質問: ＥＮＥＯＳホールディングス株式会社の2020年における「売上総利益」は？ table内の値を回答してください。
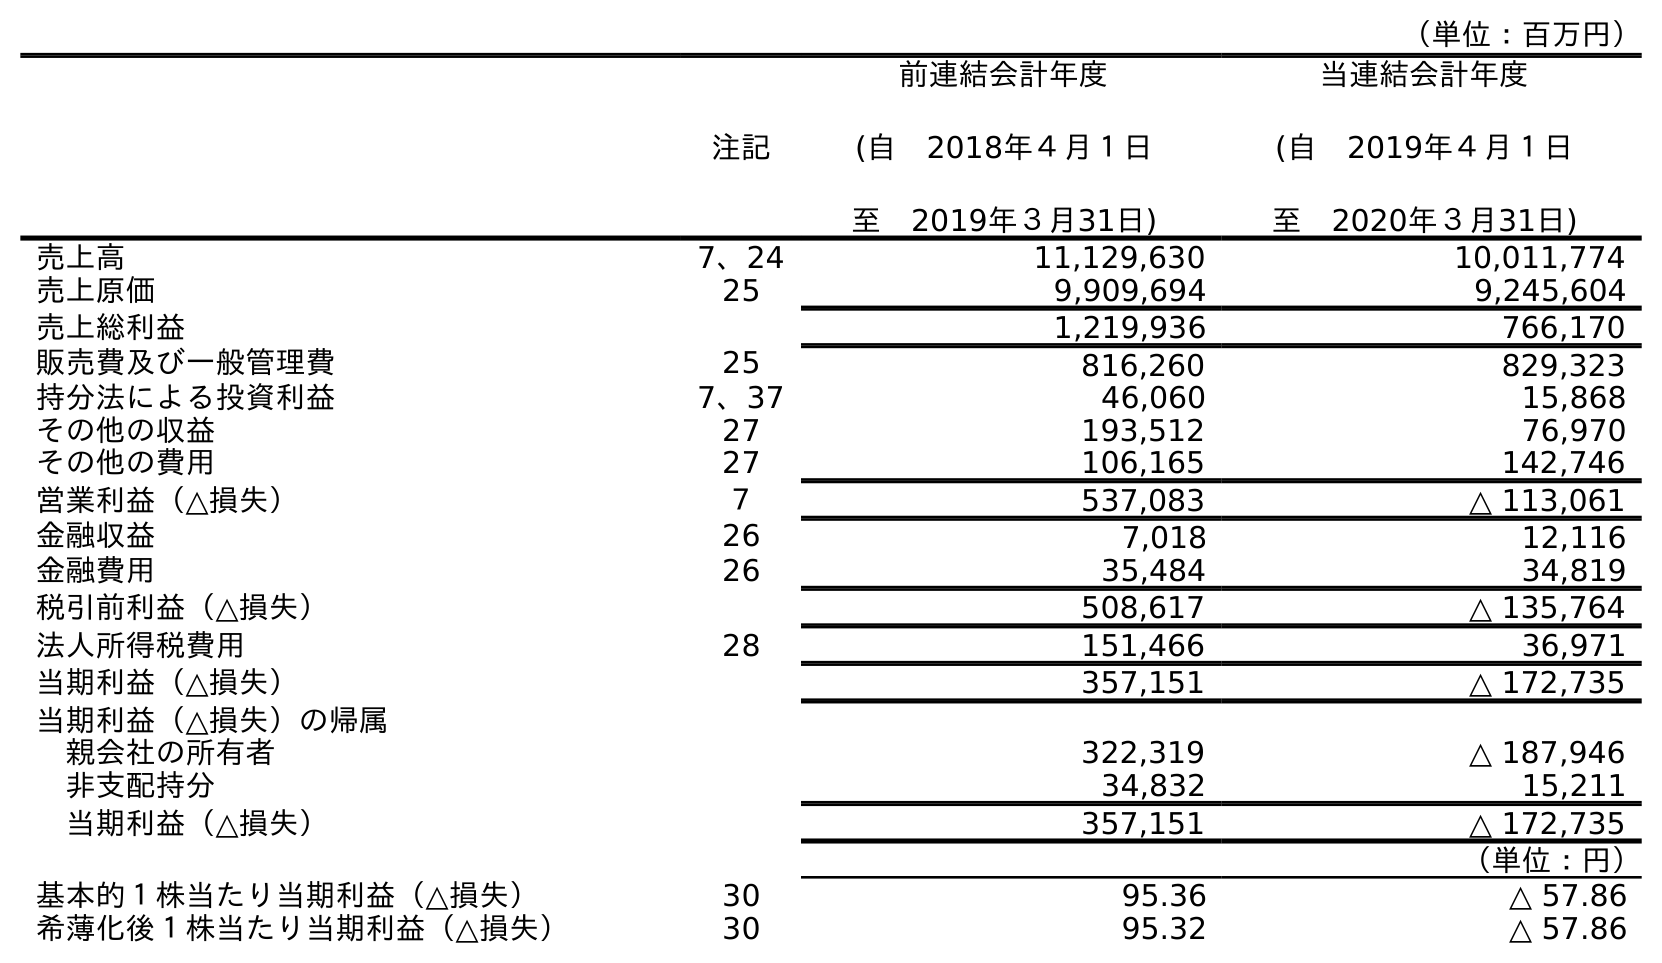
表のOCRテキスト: （単位：百万円） 注記 前連結会計年度 (自 2018年４月１日 至 2019年３月31日) 当連結会計年度 (自 2019年４月１日 至 2020年３月31日) 売上高 7、24 11,129,630 10,011,774 売上原価 25 9,909,694 9,245,604 売上総利益 1,219,936 766,170 販売費及び一般管理費 25 816,260 829,323 持分法による投資利益 7、37 46,060 15,868 その他の収益 27 193,512 76,970 その他の費用 27 106,165 142,746 営業利益（△損失） ７ 537,083 △ 113,061 金融収益 26 7,018 12,116 金融費用 26 35,484 34,819 税引前利益（△損失） 508,617 △ 135,764 法人所得税費用 28 151,466 36,971 当期利益（△損失） 357,151 △ 172,735 当期利益（△損失）の帰属 親会社の所有者 322,319 △ 187,946 非支配持分 34,832 15,211 当期利益（△損失） 357,151 △ 172,735 （単位：円） 基本的１株当たり当期利益（△損失） 30 95.36 △ 57.86 希薄化後１株当たり当期利益（△損失） 30 95.32 △ 57.86
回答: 766,170